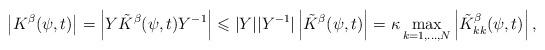
LaTeX: \begin{align*} \left|K^{\beta}(\psi,t)\right|=\left|Y\tilde{K}^{\beta}(\psi,t)Y^{-1}\right|\leqslant |Y||Y^{-1}|\left|\tilde{K}^{\beta}(\psi,t)\right| =\kappa\max_{k=1,\ldots,N}\left|\tilde{K}^{\beta}_{kk}(\psi,t)\right|, \end{align*}